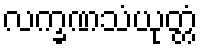
လက္ခဏသံယုတ္တံ